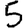
Digit: 5